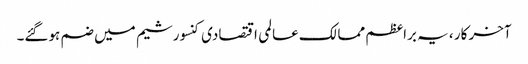
آخر کار ، یہ براعظم ممالک عالمی اقتصادی کنسورشیم میں ضم ہوگئے۔